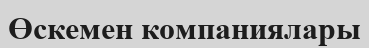
Өскемен компаниялары